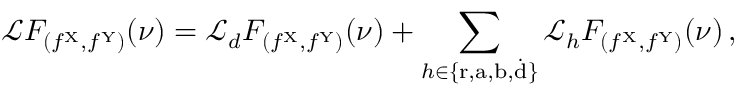
\mathcal { L } F _ { ( f ^ { \mathrm { X } } , f ^ { \mathrm { Y } } ) } ( \nu ) = \mathcal { L } _ { d } F _ { ( f ^ { \mathrm { X } } , f ^ { \mathrm { Y } } ) } ( \nu ) + \sum _ { h \in \{ \mathrm { r } , \mathrm { a } , \mathrm { b } , \dot { \mathrm { d } } \} } \mathcal { L } _ { h } F _ { ( f ^ { \mathrm { X } } , f ^ { \mathrm { Y } } ) } ( \nu ) \, ,